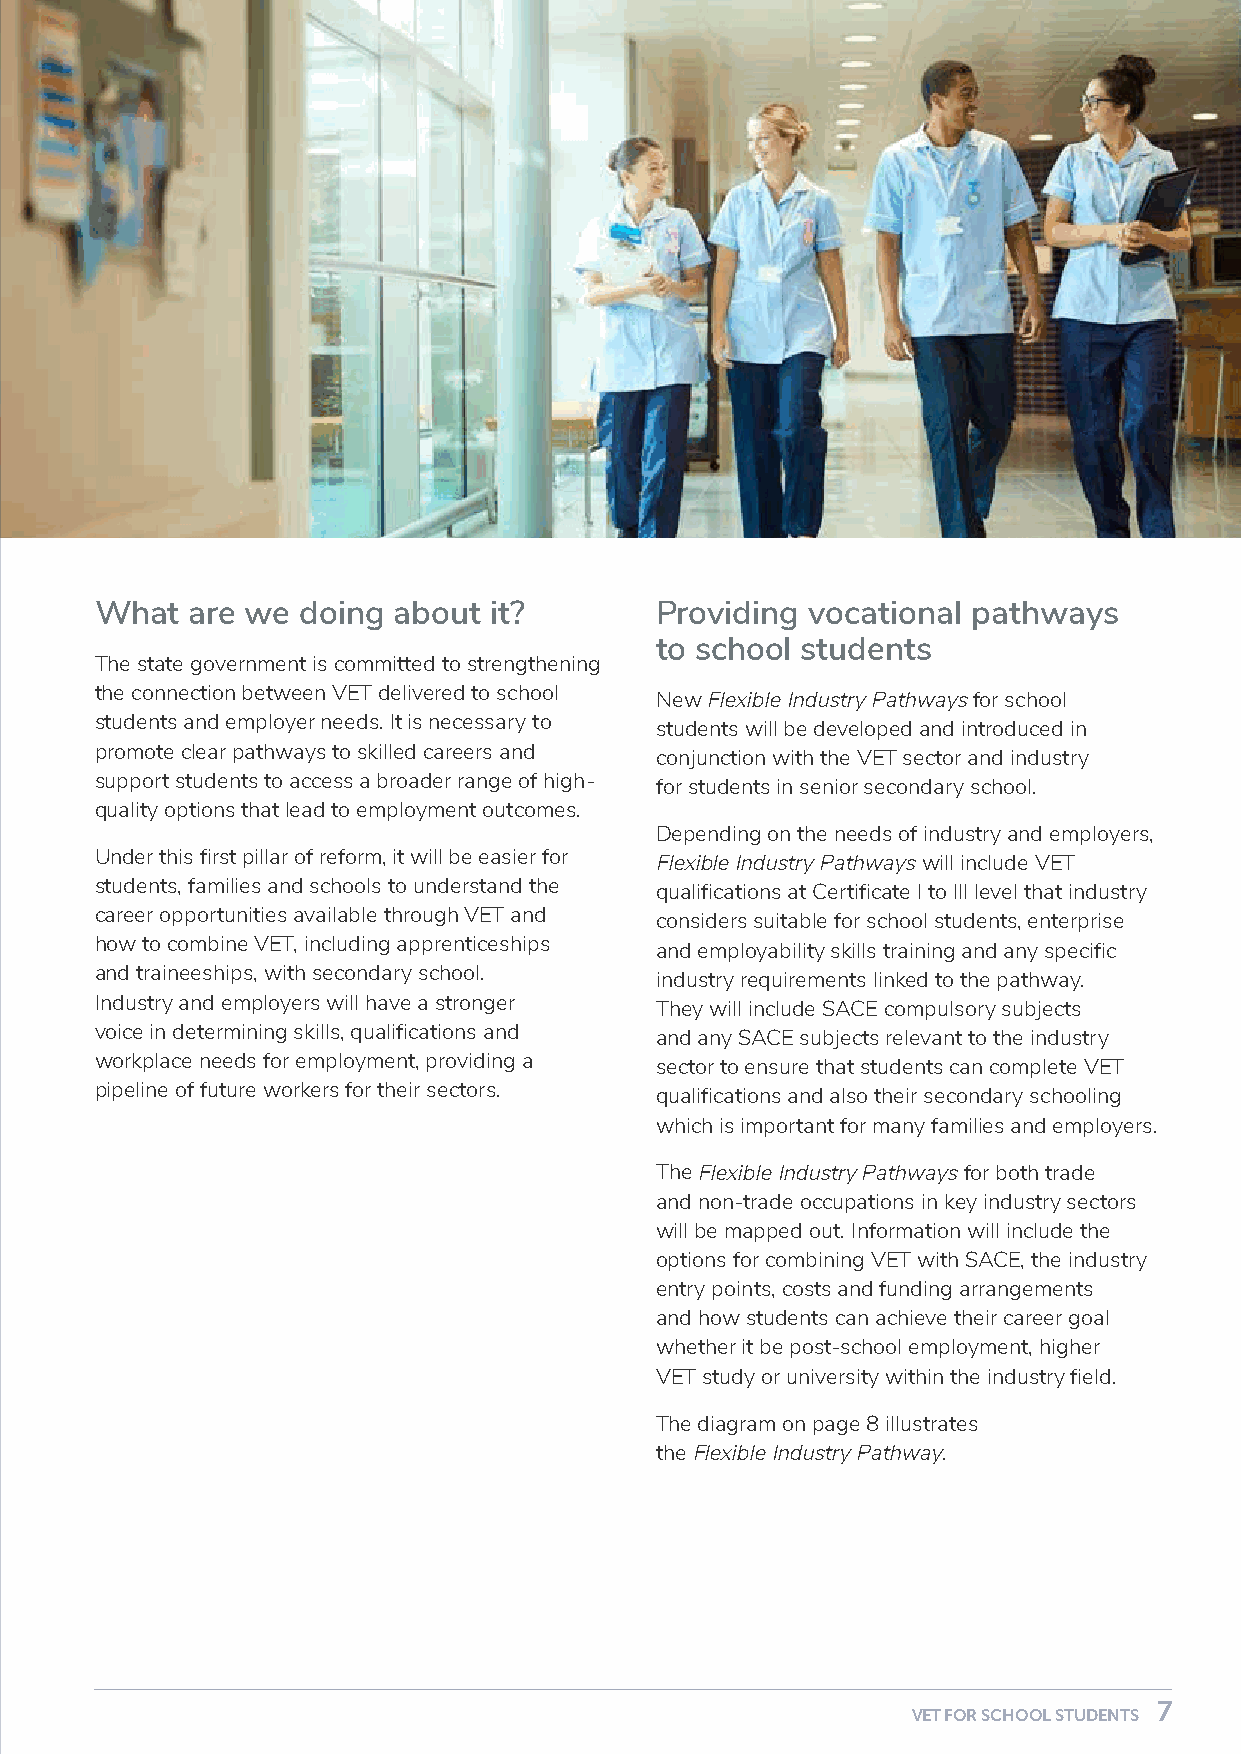
What   are we doing about it?        Providing  vocational pathways
 to school students
 The state government is committed to strengthening
 the connection between VET delivered to school
 New Flexible Industry Pathways for school
 students and employer needs. It is necessary to
 students will be developed and introduced in
 promote clear pathways to skilled careers and
 conjunction with the VET sector and industry
 support students to access a broader range of high-
 for students in senior secondary school.
 quality options that lead to employment outcomes.
 Depending on the needs of industry and employers,
 Under this first pillar of reform, it will be easier for
 Flexible Industry Pathways will include VET
 students, families and schools to understand the
 qualifications at Certificate I to III level that industry
 career opportunities available through VET and
 considers suitable for school students, enterprise
 how to combine VET, including apprenticeships
 and employability skills training and any specific
 and traineeships, with secondary school.
 industry requirements linked to the pathway.
 Industry and employers will have a stronger
 They will include SACE compulsory subjects
 voice in determining skills, qualifications and
 and any SACE subjects relevant to the industry
 workplace needs for employment, providing a
 sector to ensure that students can complete VET
 pipeline of future workers for their sectors.
 qualifications and also their secondary schooling
 which is important for many families and employers.
 The Flexible Industry Pathways for both trade
 and non-trade occupations in key industry sectors
 will be mapped out. Information will include the
 options for combining VET with SACE, the industry
 entry points, costs and funding arrangements
 and how students can achieve their career goal
 whether it be post-school employment, higher
 VET study or university within the industry field.
 The diagram on page 8 illustrates
 the Flexible Industry Pathway.
 6                                                                            7
 VET FOR SCHOOL STUDENTS                                     VET FOR SCHOOL STUDENTS